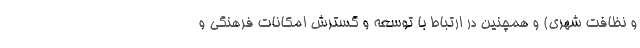
و نظافت شهری) و همچنین در ارتباط با توسعه و گسترش امکانات فرهنگی و